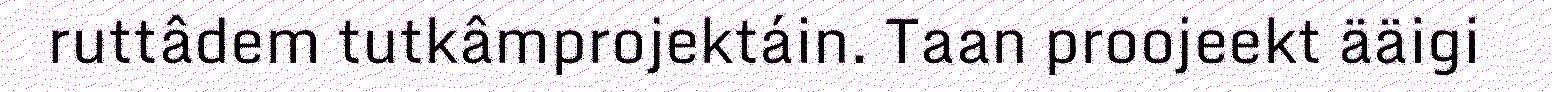
ruttâdem tutkâmprojektáin. Taan proojeekt ääigi